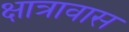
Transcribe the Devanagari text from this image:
क्षात्रावास